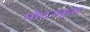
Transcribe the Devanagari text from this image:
मोटरकृत